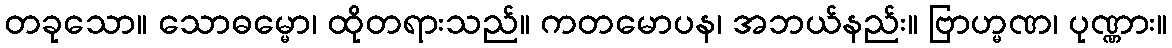
တခုသော။ သောဓမ္မော၊ ထိုတရားသည်။ ကတမောပန၊ အဘယ်နည်း။ ဗြာဟ္မဏ၊ ပုဏ္ဏား။